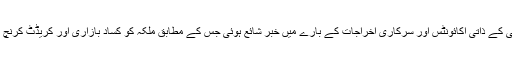
یہ نیلامی اس وقت ہوئی جب ملکۂ معظمیٰ کے ذاتی اکائونٹس اور سرکاری اخراجات کے بارے میں خبر شائع ہوئی جس کے مطابق ملکہ کو کساد بازاری اور کریڈٹ کرنچ کی وجہ سے مالی تنگدستی کا سامنا ہے۔